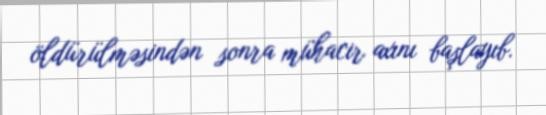
öldürülməsindən sonra mühacir axını başlayıb.